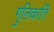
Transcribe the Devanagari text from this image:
गुलिकार्ति